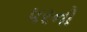
પરનો